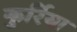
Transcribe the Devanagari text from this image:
कुर्रिया